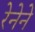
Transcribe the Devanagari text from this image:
रेनेने